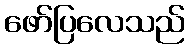
ဖော်ပြလေသည်